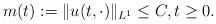
LaTeX: \begin{align*}m(t):=\Vert u(t,\cdot)\Vert _{L^{1}} \leq C, t\geq 0.\end{align*}